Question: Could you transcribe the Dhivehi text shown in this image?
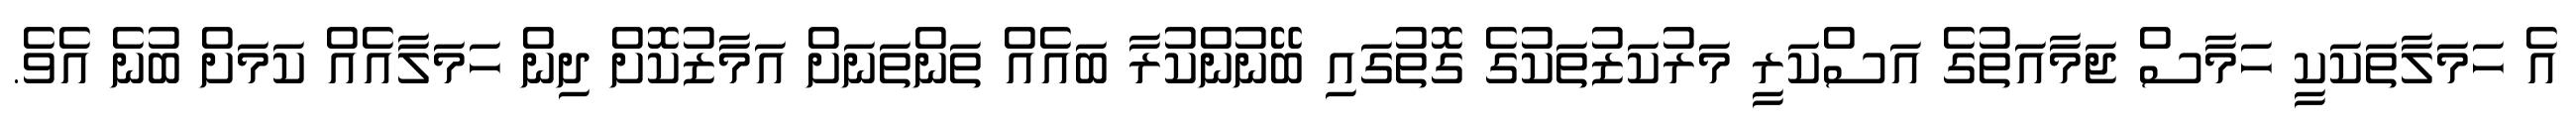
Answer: އެ ހަމަލާތަކަކީ ހަމާސް ޖަމާއަތުގެ އަސްކަރީ މަރުކަޒުތަކުގެ ގޮތުގައި ބޭނުންކުރާ ބައެއް ތަންތަނަށް އަމާޒުކޮށް ދިން ހަމަލާއެއް ކަމަށް ބުނެ އެވެ.